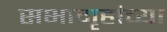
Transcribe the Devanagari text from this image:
सभागृहांच्या